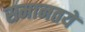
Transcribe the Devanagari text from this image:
समानतयें